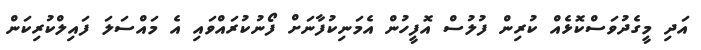
އަދި މީގެދުވަސްކޮޅެއް ކުރިން ފުލުސް އޮފީހުން އެމަނިކުފާނަށް ފޯނުކުރައްވައި އެ މައްސަލަ ފައިލްކުރިކަން